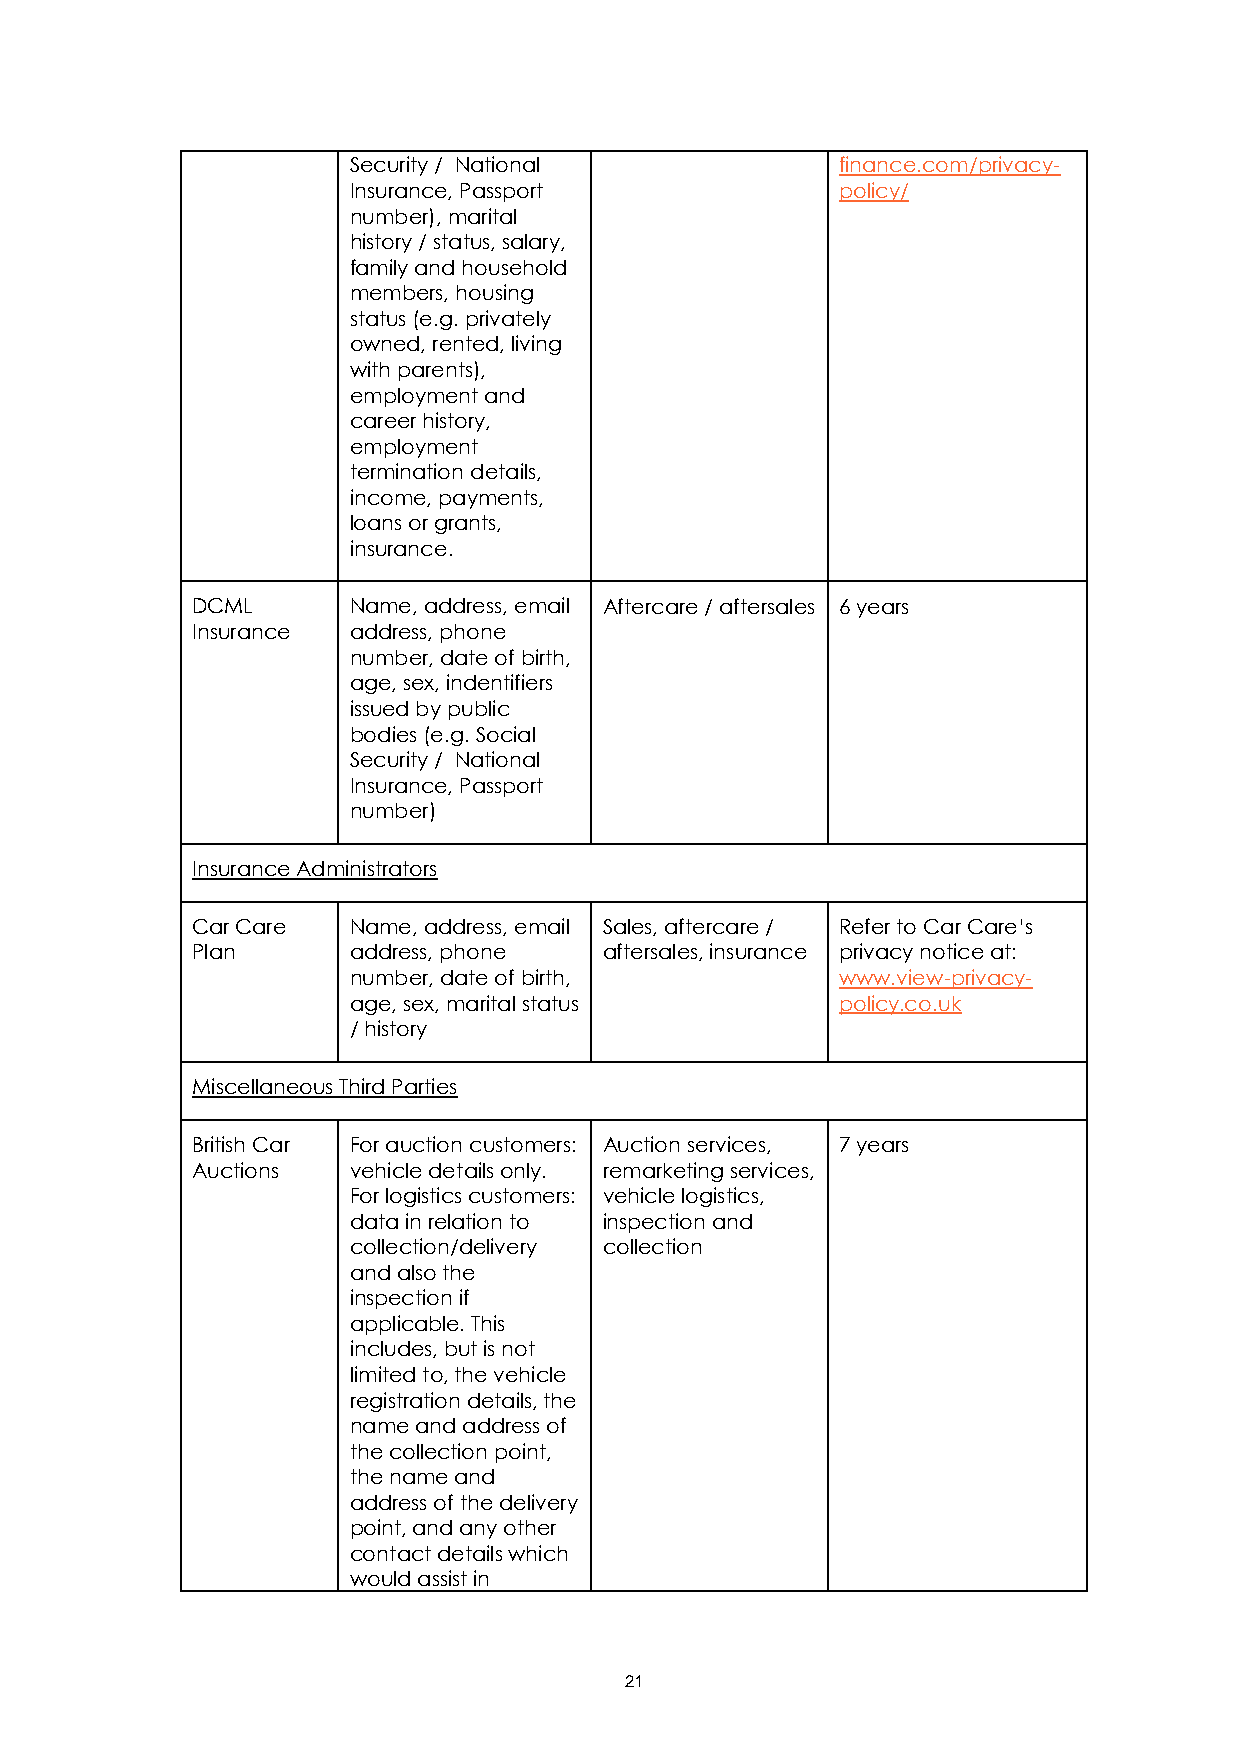
Security / National              finance.com/privacy-
 Insurance, Passport              policy/
 number), marital
 history / status, salary,
 family and household
 members, housing
 status (e.g. privately
 owned, rented, living
 with parents),
 employment and
 career history,
 employment
 termination details,
 income, payments,
 loans or grants,
 insurance.
 DCML      Name, address, email Aftercare / aftersales 6 years
 Insurance address, phone
 number, date of birth,
 age, sex, indentifiers
 issued by public
 bodies (e.g. Social
 Security / National
 Insurance, Passport
 number)
 Insurance Administrators
 Car Care  Name, address, email Sales, aftercare / Refer to Car Care’s
 Plan      address, phone   aftersales, insurance privacy notice at:
 number, date of birth,           www.view-privacy-
 age, sex, marital status         policy.co.uk
 / history
 Miscellaneous Third Parties
 British Car For auction customers: Auction services, 7 years
 Auctions  vehicle details only. remarketing services,
 For logistics customers: vehicle logistics,
 data in relation to inspection and
 collection/delivery collection
 and also the
 inspection if
 applicable. This
 includes, but is not
 limited to, the vehicle
 registration details, the
 name and address of
 the collection point,
 the name and
 address of the delivery
 point, and any other
 contact details which
 would assist in
 21